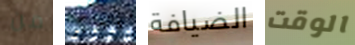
من لاتفكر الضيافة الوقت